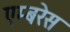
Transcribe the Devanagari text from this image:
एम्बरेस